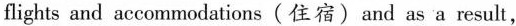
flighis and accommadations(住宿)and as a result ,